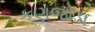
કણજોડા